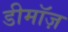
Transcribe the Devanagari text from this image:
डीमॉज़